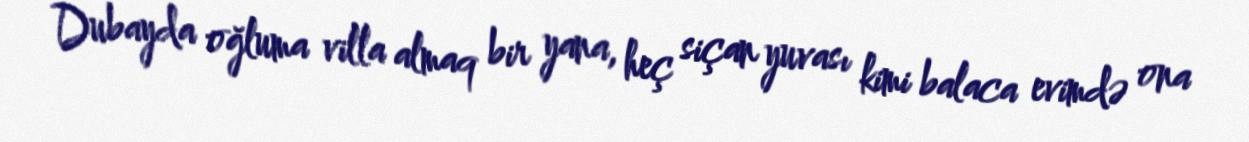
Dubayda oğluma villa almaq bir yana, heç siçan yuvası kimi balaca evimdə ona